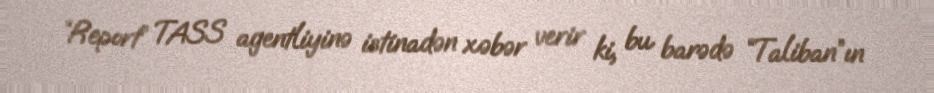
“Report” TASS agentliyinə istinadən xəbər verir ki, bu barədə “Taliban”ın